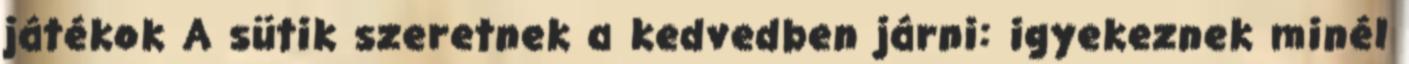
játékok A sütik szeretnek a kedvedben járni: igyekeznek minél